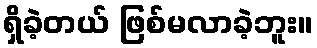
ရှိခဲ့တယ် ဖြစ်မလာခဲ့ဘူး။